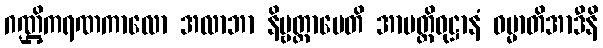
ဂဏ္ဌိကရဏကာလော အလာဘာ နိဗ္ဗတ္တာပေတိ အာပတ္တိဝုဋ္ဌာနံ ဓမ္မာတိအာဒီနိ